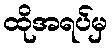
ထိုအရပ်မှ